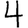
Digit: 4